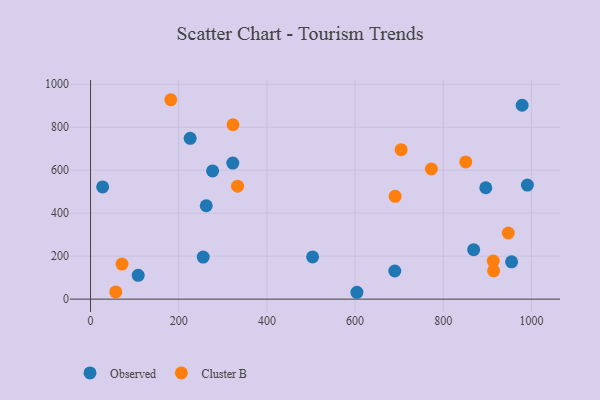
{"axis": {"x": "Ad Spend", "y": "Rating"}, "legend": ["Cluster B", "Observed"], "data": [{"x": "954.9", "y": 173.4, "type": "Observed"}, {"x": "255.5", "y": 195.6, "type": "Observed"}, {"x": "108.1", "y": 110.8, "type": "Observed"}, {"x": "322.6", "y": 633.0, "type": "Observed"}, {"x": "27.4", "y": 522.2, "type": "Observed"}, {"x": "503.6", "y": 196.2, "type": "Observed"}, {"x": "978.8", "y": 902.2, "type": "Observed"}, {"x": "225.9", "y": 748.2, "type": "Observed"}, {"x": "276.8", "y": 596.8, "type": "Observed"}, {"x": "262.4", "y": 434.6, "type": "Observed"}, {"x": "690.0", "y": 130.8, "type": "Observed"}, {"x": "896.4", "y": 518.4, "type": "Observed"}, {"x": "604.1", "y": 31.9, "type": "Observed"}, {"x": "990.7", "y": 531.0, "type": "Observed"}, {"x": "868.9", "y": 230.0, "type": "Observed"}, {"x": "333.4", "y": 525.8, "type": "Cluster B"}, {"x": "182.0", "y": 928.0, "type": "Cluster B"}, {"x": "690.7", "y": 478.6, "type": "Cluster B"}, {"x": "323.1", "y": 811.6, "type": "Cluster B"}, {"x": "773.0", "y": 605.7, "type": "Cluster B"}, {"x": "57.2", "y": 33.5, "type": "Cluster B"}, {"x": "71.3", "y": 163.0, "type": "Cluster B"}, {"x": "947.4", "y": 307.8, "type": "Cluster B"}, {"x": "914.1", "y": 131.6, "type": "Cluster B"}, {"x": "704.4", "y": 695.6, "type": "Cluster B"}, {"x": "913.3", "y": 177.2, "type": "Cluster B"}, {"x": "850.9", "y": 638.6, "type": "Cluster B"}]}